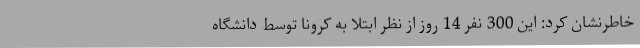
خاطرنشان کرد: این 300 نفر 14 روز از نظر ابتلا به کرونا توسط دانشگاه